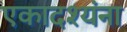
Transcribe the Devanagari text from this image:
एकादश्यंना